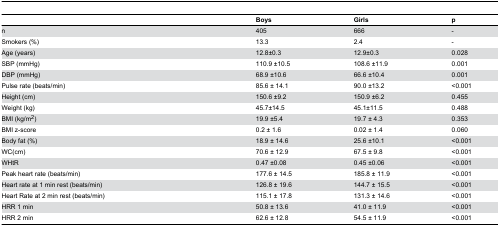
<table><thead><tr><td></td><td><b>Boys</b></td><td><b>Girls</b></td><td><b>p</b></td></tr></thead><tbody><tr><td>n</td><td>405</td><td>666</td><td>-</td></tr><tr><td>Smokers (%)</td><td>13.3</td><td>2.4</td><td>-</td></tr><tr><td>Age (years)</td><td>12.8±0.3</td><td>12.9±0.3</td><td>0.028</td></tr><tr><td>SBP (mmHg)</td><td> 110.9 ±10.5</td><td>108.6 ±11.9</td><td>0.001</td></tr><tr><td>DBP (mmHg)</td><td>68.9 ±10.6</td><td>66.6 ±10.4 </td><td>0.001</td></tr><tr><td>Pulse rate (beats/min)</td><td>85.6 ± 14.1</td><td>90.0 ±13.2</td><td>&lt;0.001</td></tr><tr><td>Height (cm)</td><td>150.6 ±9.2</td><td>150.9 ±6.2</td><td>0.455</td></tr><tr><td>Weight (kg)</td><td>45.7±14.5</td><td>45.1±11.5</td><td>0.488</td></tr><tr><td>BMI (kg/m<sup>2</sup>)</td><td>19.9 ±5.4</td><td>19.7 ± 4.3</td><td>0.353</td></tr><tr><td>BMI z-score</td><td>0.2 ± 1.6</td><td>0.02 ± 1.4</td><td>0.060</td></tr><tr><td>Body fat (%)</td><td>18.9 ± 14.6</td><td> 25.6 ±10.1</td><td>&lt;0.001</td></tr><tr><td>WC(cm)</td><td>70.6 ± 12.9</td><td>67.5 ± 9.8</td><td>&lt;0.001</td></tr><tr><td>WHtR</td><td>0.47 ±0.08</td><td>0.45 ±0.06</td><td>&lt;0.001 </td></tr><tr><td>Peak heart rate (beats/min)</td><td>177.6 ± 14.5</td><td>185.8 ± 11.9</td><td>&lt;0.001</td></tr><tr><td>Heart rate at 1 min rest (beats/min)</td><td>126.8 ± 19.6</td><td>144.7 ± 15.5</td><td>&lt;0.001</td></tr><tr><td>Heart Rate at 2 min rest (beats/min)</td><td>115.1 ± 17.8</td><td>131.3 ± 14.6</td><td>&lt;0.001</td></tr><tr><td>HRR 1 min </td><td>50.8 ± 13.6</td><td>41.0 ± 11.9</td><td>&lt;0.001</td></tr><tr><td>HRR 2 min </td><td>62.6 ± 12.8</td><td>54.5 ± 11.9</td><td>&lt;0.001</td></tr></tbody></table>